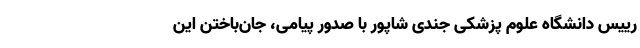
رییس دانشگاه علوم پزشکی جندی شاپور با صدور پیامی‌، جان‌باختن‌ این